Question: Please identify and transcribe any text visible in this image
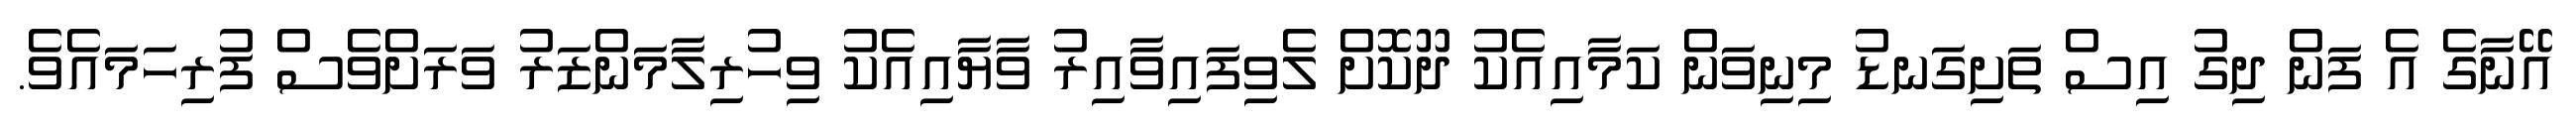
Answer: އޭނާގެ އެ ފަން ދިގު އިސް ތަށިގަނޑު މިނިވަން ކަމާއިއެކު ދޫކޮށް ލެވިފައިވާއިރު ވާޔާއިއެކު ވިހުރިލާމަންޒަރު ވަރަށްވެސް ފުރިހަމައެވެ.